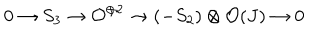
LaTeX: 0 \rightarrow S _ { 3 } \rightarrow { \cal O } ^ { \oplus 2 } \rightarrow ( - S _ { 2 } ) \otimes { \cal O } ( J ) \rightarrow 0